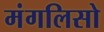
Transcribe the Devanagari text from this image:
मंगलिसो